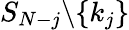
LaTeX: S_{N-j}\backslash\{ k_{j}\}